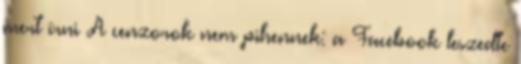
mert írni A cenzorok nem pihennek: a Facebook leszedte